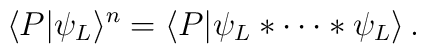
\langle P|\psi_L\rangle^n=\langle P|\psi_L*\cdots *\psi_L\rangle\,.